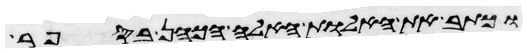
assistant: וכתב את האלות האלה הכהן בספר